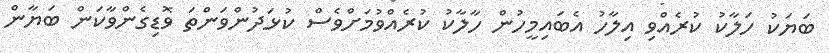
ބަޔަކު ހަލާކު ކުރެއްވި އިލާހު އެބައިމީހުން ހާލާކު ކުރެއްވުމަށްވެސް ކުޅަދުންވަންތަ ވޮޑިގެންވާކަން ބަޔާން